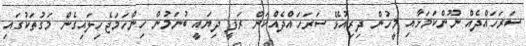
ސަރަހައްދެއް ނޫންކަމަށާއި މީހުން ދިރިއުޅޭ ސަރަހައްދެއްކަން ރަފީ ދިޔައީ ބުނަމުން ހިންހަމަޖެހިލައިގެން މަގުތަކުގައި